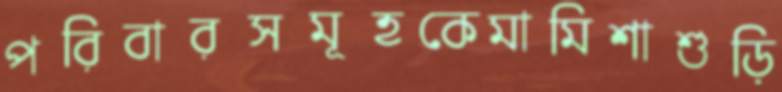
পরিবারসমূহকেমামিশাশুড়ি